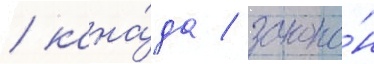
/ кана́да / зако́н